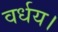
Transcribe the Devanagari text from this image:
वर्धय।